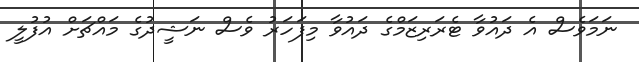
ނަމަވެސް އެ ދައުވާ ޓެރަރިޒަމްގެ ދައުވާ މިފަހަރު ވެސް ނަޝީދުގެ މައްޗަށް އުފުލީ